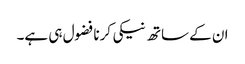
ان کے ساتھ نیکی کرنا فضول ہی ہے۔